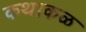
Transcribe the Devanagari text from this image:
कथाकळ